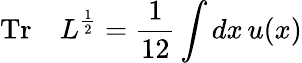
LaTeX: \mathrm{Tr}\quad L^{\frac{1}{2}}={\frac{1}{12}}\int dx\, u(x)